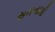
સતનામી